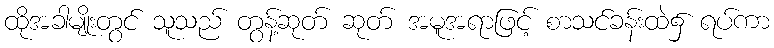
ထိုအခါမျိုးတွင် သူသည် တွန့်ဆုတ် ဆုတ် အမူအရာဖြင့် စာသင်ခန်းထဲ၌ ရပ်ကာ